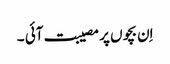
اِن بچوں پر مصیبت آئی ۔